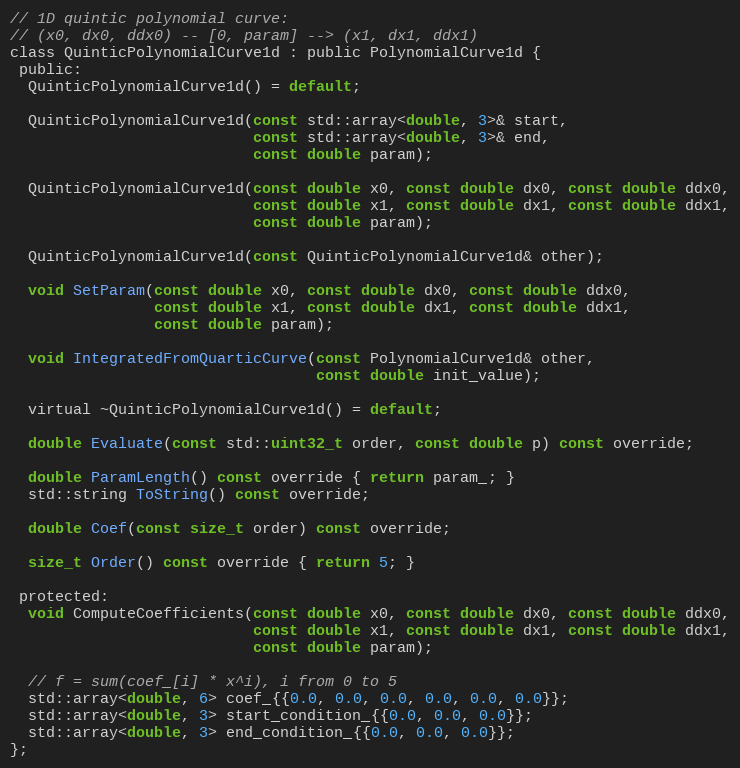
Language: C
// 1D quintic polynomial curve:
// (x0, dx0, ddx0) -- [0, param] --> (x1, dx1, ddx1)
class QuinticPolynomialCurve1d : public PolynomialCurve1d {
 public:
  QuinticPolynomialCurve1d() = default;

  QuinticPolynomialCurve1d(const std::array<double, 3>& start,
                           const std::array<double, 3>& end,
                           const double param);

  QuinticPolynomialCurve1d(const double x0, const double dx0, const double ddx0,
                           const double x1, const double dx1, const double ddx1,
                           const double param);

  QuinticPolynomialCurve1d(const QuinticPolynomialCurve1d& other);

  void SetParam(const double x0, const double dx0, const double ddx0,
                const double x1, const double dx1, const double ddx1,
                const double param);

  void IntegratedFromQuarticCurve(const PolynomialCurve1d& other,
                                  const double init_value);

  virtual ~QuinticPolynomialCurve1d() = default;

  double Evaluate(const std::uint32_t order, const double p) const override;

  double ParamLength() const override { return param_; }
  std::string ToString() const override;

  double Coef(const size_t order) const override;

  size_t Order() const override { return 5; }

 protected:
  void ComputeCoefficients(const double x0, const double dx0, const double ddx0,
                           const double x1, const double dx1, const double ddx1,
                           const double param);

  // f = sum(coef_[i] * x^i), i from 0 to 5
  std::array<double, 6> coef_{{0.0, 0.0, 0.0, 0.0, 0.0, 0.0}};
  std::array<double, 3> start_condition_{{0.0, 0.0, 0.0}};
  std::array<double, 3> end_condition_{{0.0, 0.0, 0.0}};
};